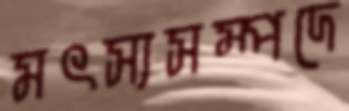
মৎস্যসম্পদে